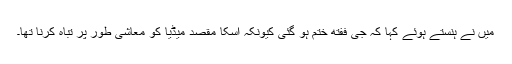
میں نے ہنستے ہوئے کہا کہ جی ففتھ ختم ہو گئی کیونکہ اسکا مقصد میڈیا کو معاشی طور پر تباہ کرنا تھا۔